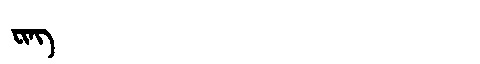
Manchu: ᠸᡳᠩ
Romanization: FING